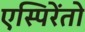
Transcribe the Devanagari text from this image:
एस्पिरेंतो